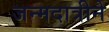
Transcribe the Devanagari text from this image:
जन्मदात्रीने